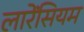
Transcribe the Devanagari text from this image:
लारेंसियम